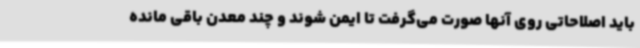
باید اصلاحاتی روی آنها صورت می‌گرفت تا ایمن شوند و چند معدن باقی مانده